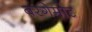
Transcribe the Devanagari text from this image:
बरगेमोट